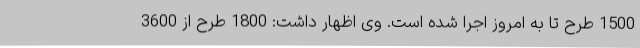
1500 طرح تا به امروز اجرا شده است. وی اظهار داشت: 1800 طرح از 3600